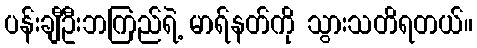
ပန်းချီဦးဘကြည်ရဲ့ မာရ်နတ်ကို သွားသတိရတယ်။